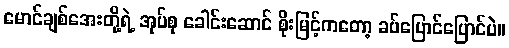
မောင်ချစ်အေးတို့ရဲ့ အုပ်စု ခေါင်းဆောင် စိုးမြင့်ကတော့ ခပ်ပြောင်ပြောင်ပဲ။